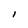
Character: I